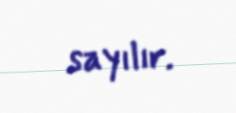
sayılır.